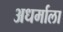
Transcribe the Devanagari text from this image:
अधर्माला